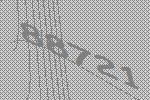
88721